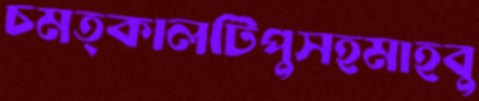
চমত্কালটিপুসহমাহবু